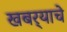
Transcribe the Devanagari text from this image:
खबर्‍याचे